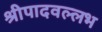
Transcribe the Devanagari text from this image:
श्रीपादवल्लभ